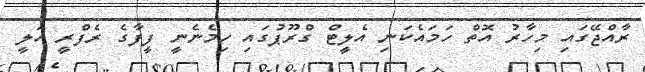
ރާއްޖޭގައި މިހާރު އޮތް ހަމައެކަނި އެލީޓް ގްރޫޕުގައި ހިމެނެނީ ފީފާގެ ރެފްރީ އަލީ